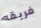
فريقه